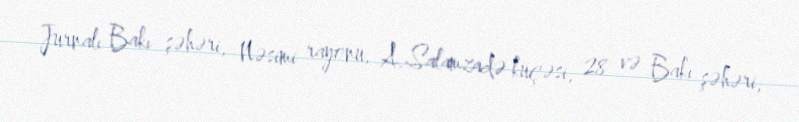
Jurnalı Bakı şəhəri, Nəsimi rayonu, A.Salamzadə küçəsi, 28 və Bakı şəhəri,